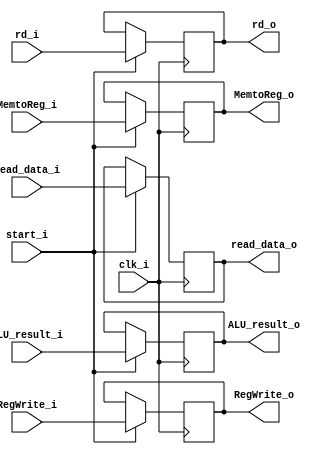
module MEM_WB (
    input clk_i,
    input start_i,

    input RegWrite_i,
    input MemtoReg_i,
    input [31:0] read_data_i,
    input [31:0] ALU_result_i,
    input [4:0] rd_i,

    output RegWrite_o,
    output MemtoReg_o,
    output [31:0] read_data_o,
    output [31:0] ALU_result_o,
    output [4:0] rd_o
);

reg RegWrite_o;
reg MemtoReg_o;
reg [31:0] read_data_o;
reg [31:0] ALU_result_o;
reg [4:0] rd_o;


always @(posedge clk_i) begin // unknown assign
    if (start_i) begin
        RegWrite_o <= RegWrite_i;
        MemtoReg_o <= MemtoReg_i;
        read_data_o <= read_data_i;
        ALU_result_o <= ALU_result_i;
        rd_o <= rd_i;
    end
end
endmodule